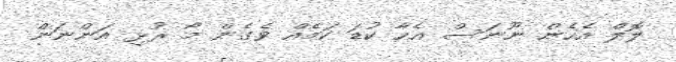
ލޮލް އެހެން ނޫނަސް އެހާ ކުޑަ ކަމެއް ވެގެން މާ ރުޅި އަންނަން